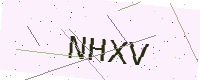
Text: NHXV